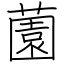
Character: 薗